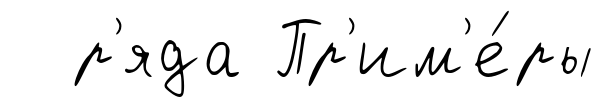
р'яда Пр'им'е́ры